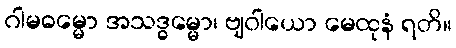
ဂါမဓမ္မော အသဒ္ဓမ္မော၊ ဗျဝါယော မေထုနံ ရတိ။